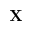
\mathbf { X }